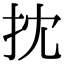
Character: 抌